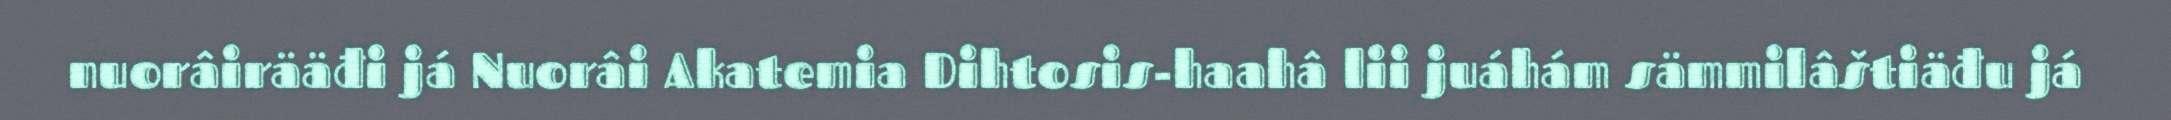
nuorâirääđi já Nuorâi Akatemia Dihtosis-haahâ lii juáhám sämmilâštiäđu já